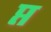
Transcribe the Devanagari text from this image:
प्त